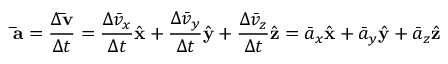
\mathbf { \bar { a } } = { \frac { \Delta \mathbf { \bar { v } } } { \Delta t } } = { \frac { \Delta { \bar { v } } _ { x } } { \Delta t } } { \hat { \mathbf { x } } } + { \frac { \Delta { \bar { v } } _ { y } } { \Delta t } } { \hat { \mathbf { y } } } + { \frac { \Delta { \bar { v } } _ { z } } { \Delta t } } { \hat { \mathbf { z } } } = { \bar { a } } _ { x } { \hat { \mathbf { x } } } + { \bar { a } } _ { y } { \hat { \mathbf { y } } } + { \bar { a } } _ { z } { \hat { \mathbf { z } } }